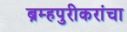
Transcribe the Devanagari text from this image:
ब्रम्हपुरीकरांचा